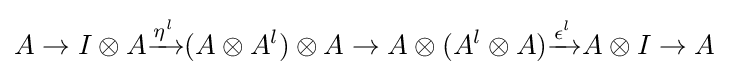
A\to I\otimes A{\xrightarrow {\eta ^{l}}}(A\otimes A^{l})\otimes A\to A\otimes (A^{l}\otimes A){\xrightarrow {\epsilon ^{l}}}A\otimes I\to A